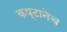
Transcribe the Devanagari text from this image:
कष्टानेच